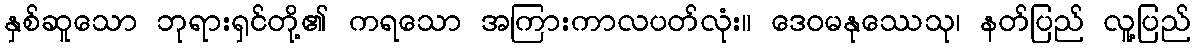
နှစ်ဆူသော ဘုရားရှင်တို့၏ ကရသော အကြားကာလပတ်လုံး။ ဒေဝမနုဿေသု၊ နတ်ပြည် လူ့ပြည်